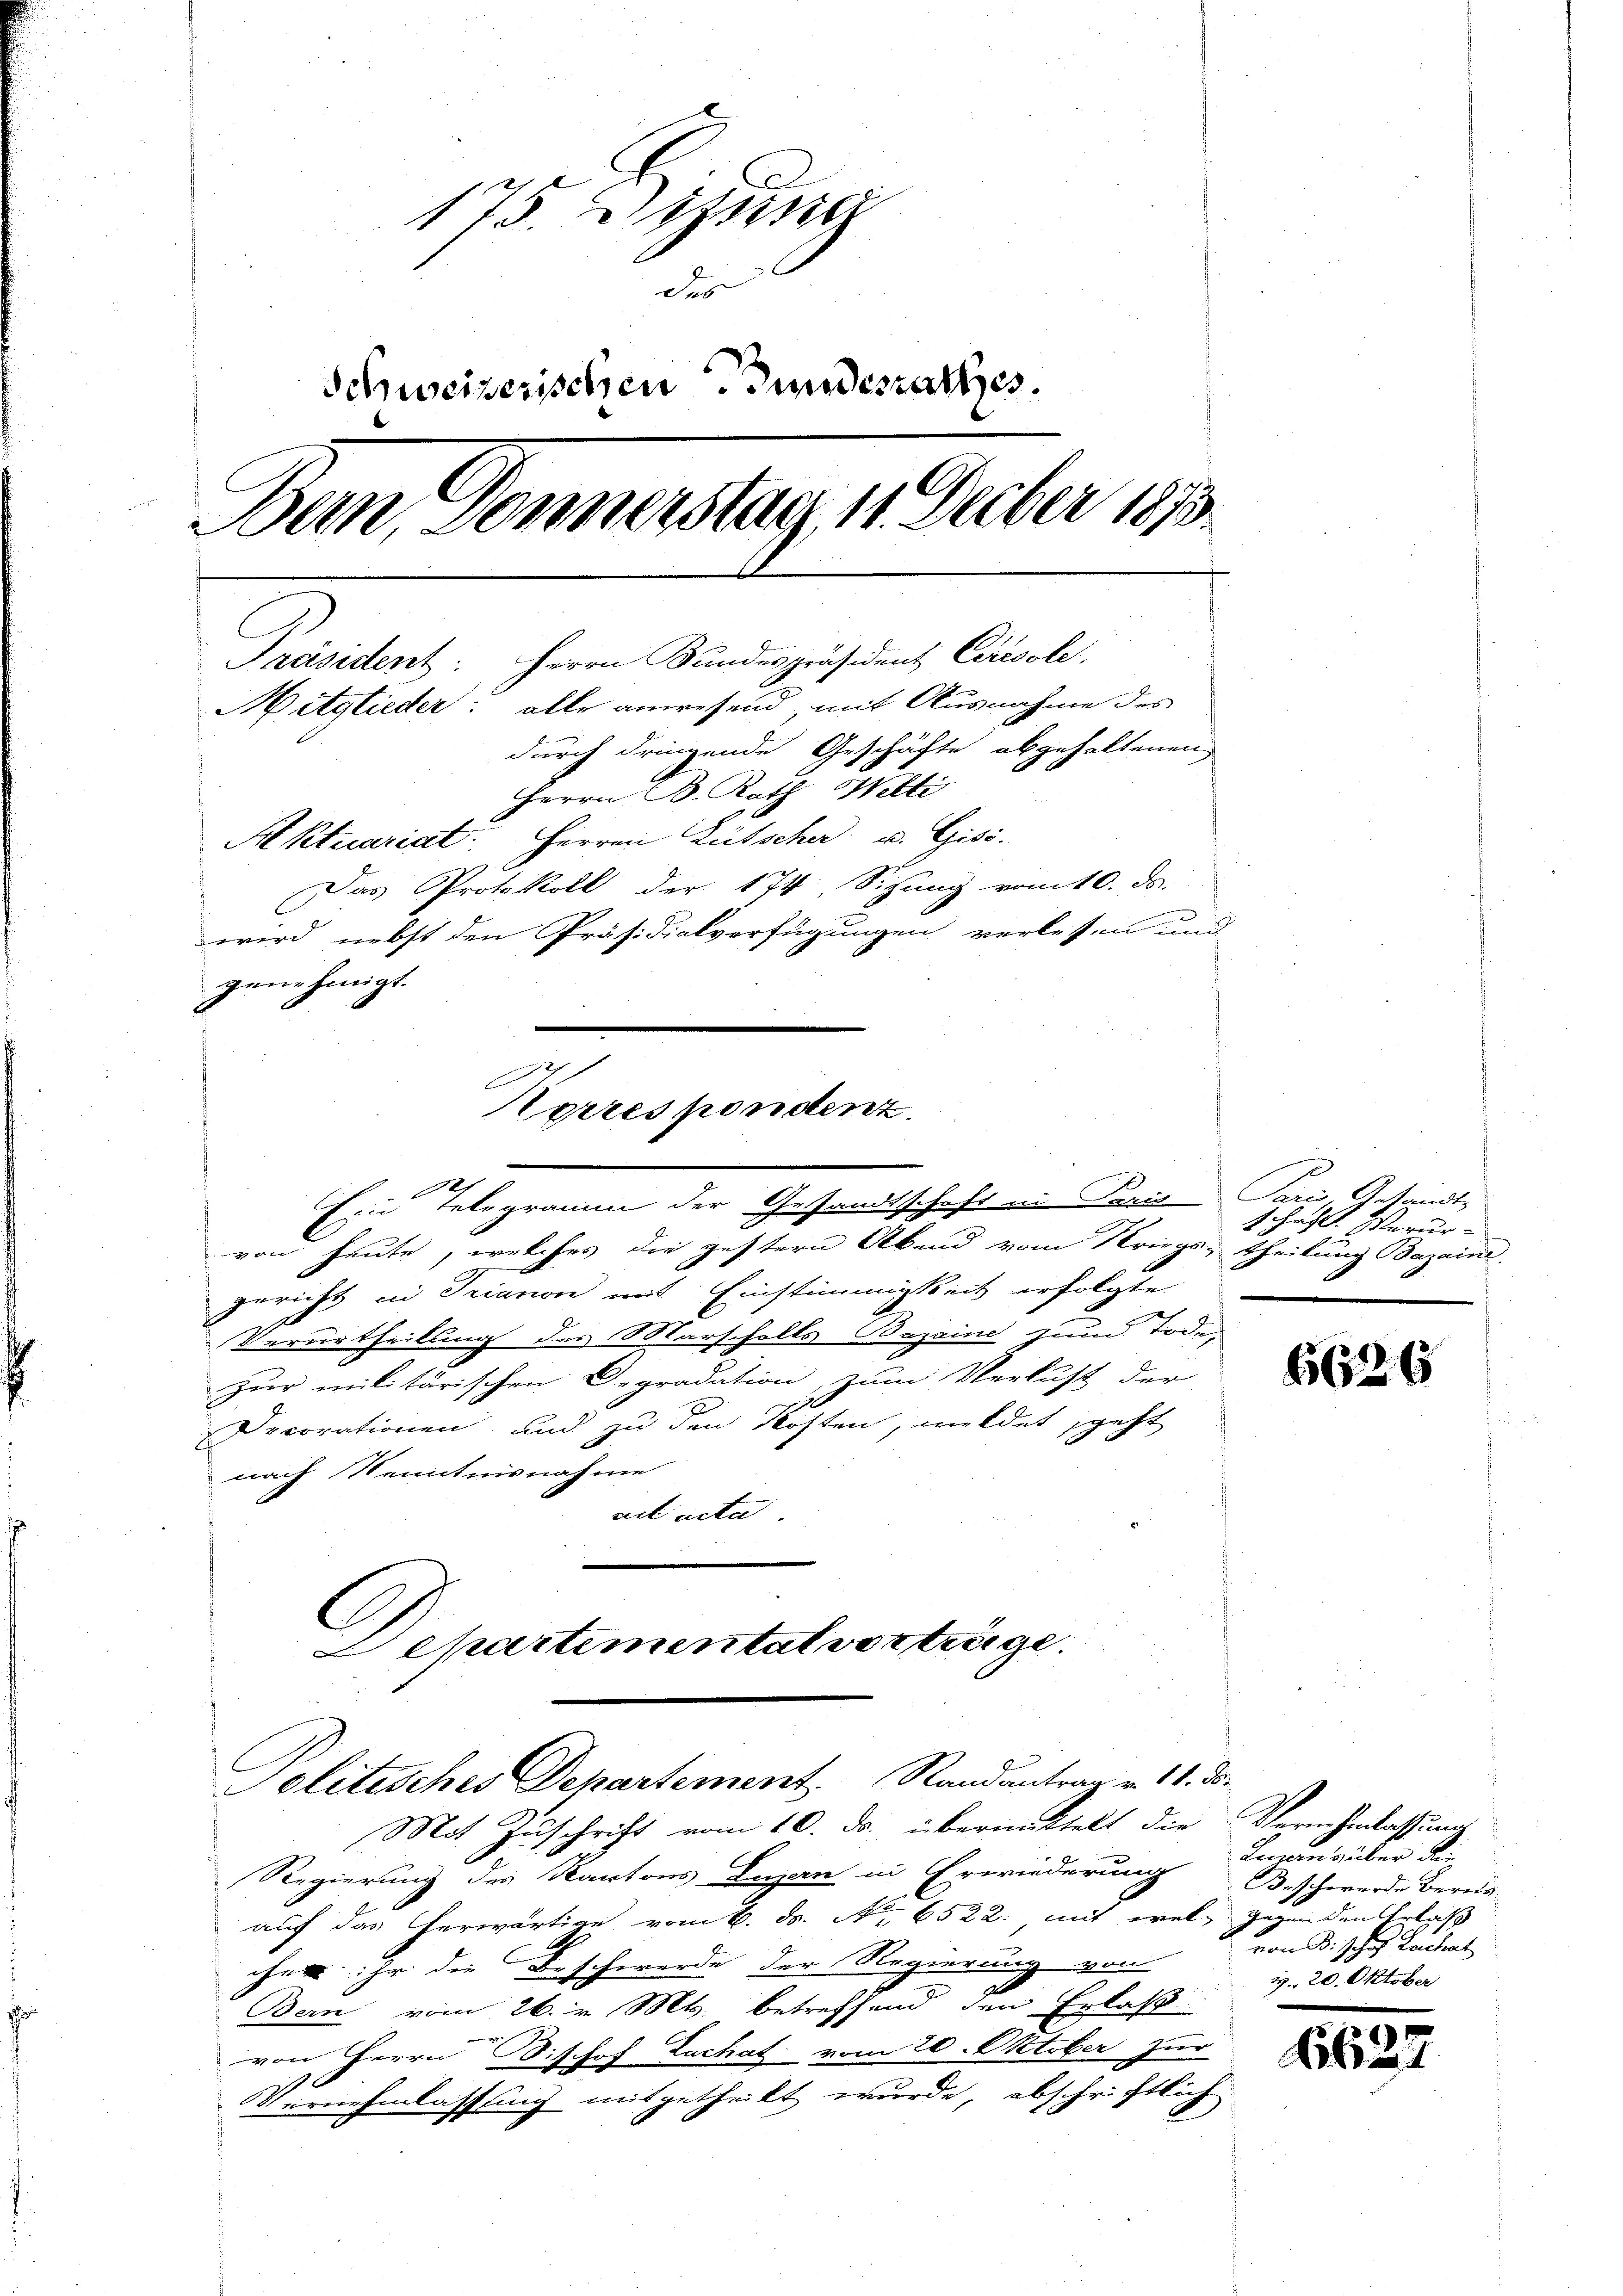
175. Di
des
Schweizerischen Bundesrathes.
Dem Donnerstag, 1. Feber 1873.
Präsident: Herrn Bundespräsident Ceresole
Mitglieder: alle anwesend mit Ausnahme des
durch dringende Geschäfte abgehaltenen
Herrn B. Rath Welti
Aktuariat. Herren Lütscher u. Gisi-
Das Protokoll der 174, Sitzung vom 10. ds.
wird, nebst den Präsidialverfügungen verlesen und
gene hinigt.

h
Norrespondenz.
10
Ein Telegramm der Gesandtschaft in Paris Paris, Gesandt¬

von heute, welches die gestern Abend vom Kriegs-
gericht in Trianon mit Einstimmigkeit erfolgte
Verurtheilung des Marschalts Bazaine zum Tode,
Zur militärischen Degradation zum Verlust der
Decorationen und zu den Kosten, meldet geht
nach Kenntnisnahme
ad acta
C
epartementat vorträge.
Politisches Departement Randantrag v. 11. ds.
Mit Zuschrift vom 10. ds. übermittelt die
Regierung des Kantons Luzan in Erwiederung
auf das herwärtige vom 6. ds. No 6522. mit vel gegenden Erlass
cher ihr die Beschwerde der Regierung von
Bern vom 26. v. Mts. betreffend den Erlass
von Herrn Dishof Lachat vom 20. Oktober zur
Vernehmlassung mitgetheilt wurde abschriftlich

p
1 haft. Verur
theilung Bazaine

6626

Vernehmlassung
Luzern über die
Beschwerde Bereis
von B. J. Hof Lachat
1. 20. Oktober

Eis